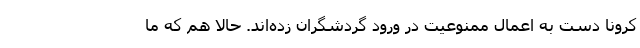
کرونا دست به اعمال ممنوعیت در ورود گردشگران زده‌اند. حالا هم که ما